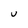
Character: u